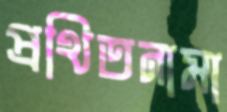
প্রথিতনামা